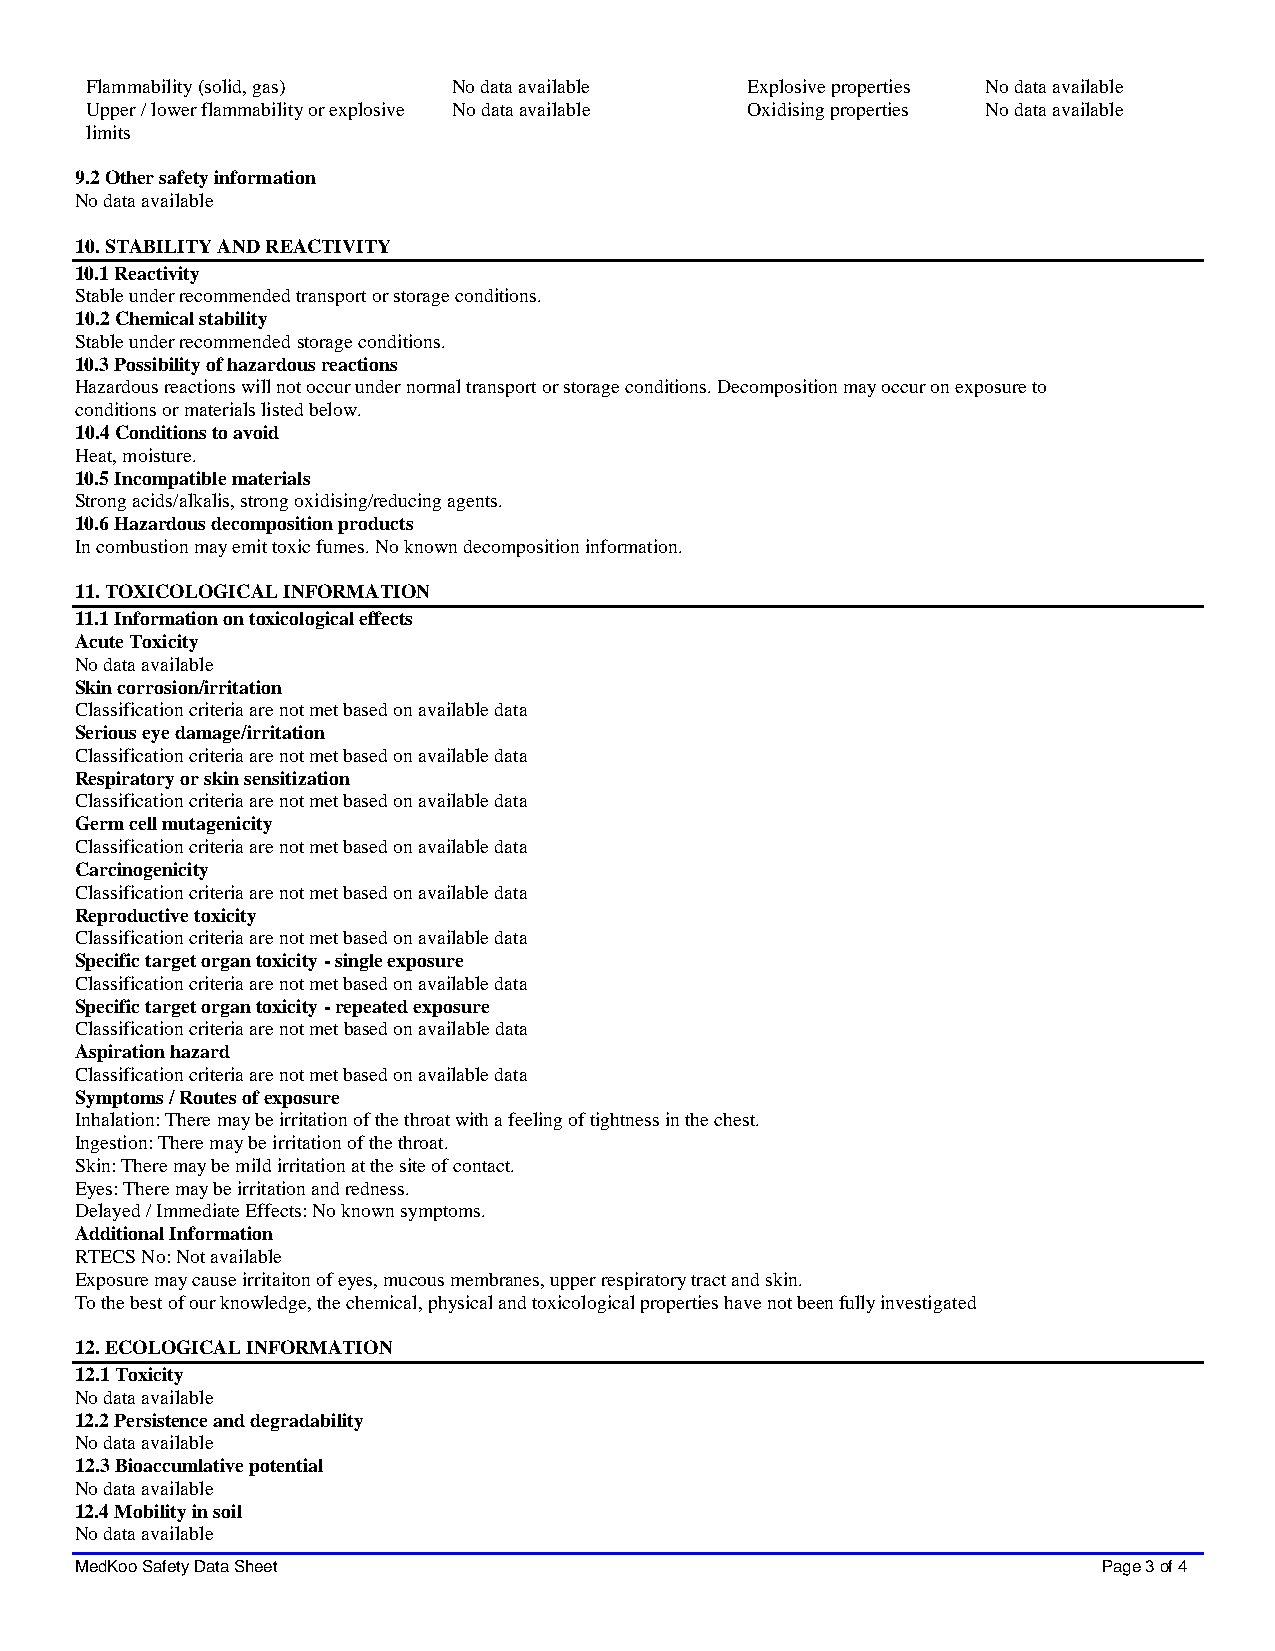
Flammability (solid, gas) No data available Explosive properties No data available
 Upper / lower flammability or explosive No data available Oxidising properties No data available
 limits
 9.2 Other safety information
 No data available
 10. STABILITY AND REACTIVITY
 10.1 Reactivity
 Stable under recommended transport or storage conditions.
 10.2 Chemical stability
 Stable under recommended storage conditions.
 10.3 Possibility of hazardous reactions
 Hazardous reactions will not occur under normal transport or storage conditions. Decomposition may occur on exposure to
 conditions or materials listed below.
 10.4 Conditions to avoid
 Heat, moisture.
 10.5 Incompatible materials
 Strong acids/alkalis, strong oxidising/reducing agents.
 10.6 Hazardous decomposition products
 In combustion may emit toxic fumes. No known decomposition information.
 11. TOXICOLOGICAL INFORMATION
 11.1 Information on toxicological effects
 Acute Toxicity
 No data available
 Skin corrosion/irritation
 Classification criteria are not met based on available data
 Serious eye damage/irritation
 Classification criteria are not met based on available data
 Respiratory or skin sensitization
 Classification criteria are not met based on available data
 Germ cell mutagenicity
 Classification criteria are not met based on available data
 Carcinogenicity
 Classification criteria are not met based on available data
 Reproductive toxicity
 Classification criteria are not met based on available data
 Specific target organ toxicity - single exposure
 Classification criteria are not met based on available data
 Specific target organ toxicity - repeated exposure
 Classification criteria are not met based on available data
 Aspiration hazard
 Classification criteria are not met based on available data
 Symptoms / Routes of exposure
 Inhalation: There may be irritation of the throat with a feeling of tightness in the chest.
 Ingestion: There may be irritation of the throat.
 Skin: There may be mild irritation at the site of contact.
 Eyes: There may be irritation and redness.
 Delayed / Immediate Effects: No known symptoms.
 Additional Information
 RTECS No: Not available
 Exposure may cause irritaiton of eyes, mucous membranes, upper respiratory tract and skin.
 To the best of our knowledge, the chemical, physical and toxicological properties have not been fully investigated
 12. ECOLOGICAL INFORMATION
 12.1 Toxicity
 No data available
 12.2 Persistence and degradability
 No data available
 12.3 Bioaccumlative potential
 No data available
 12.4 Mobility in soil
 No data available
 MedKoo Safety Data Sheet                                            Page 3 of 4